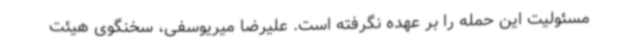
مسئولیت این حمله را بر عهده نگرفته است. علیرضا میریوسفی، سخنگوی هیئت